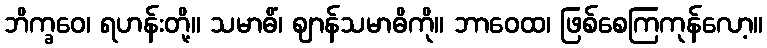
ဘိက္ခဝေ၊ ရဟန်းတို့။ သမာဓိံ၊ ဈာန်သမာဓိကို။ ဘာဝေထ၊ ဖြစ်စေကြကုန်လော့။